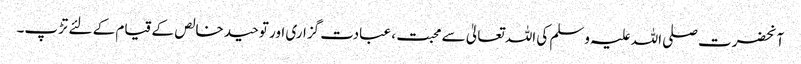
آنحضرت صلی اللہ علیہ وسلم کی اللہ تعالیٰ سے محبت ، عبادت گزاری اور توحید خالص کے قیام کے لئے تڑپ۔